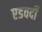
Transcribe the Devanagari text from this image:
एडवर्दी